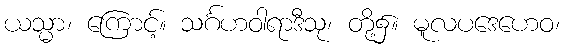
ယသ္မာ၊ ကြောင့်။ သင်္ဂဟဝါရာဒီသု၊ တို့၌။ မူလပဒေဟေဝ၊